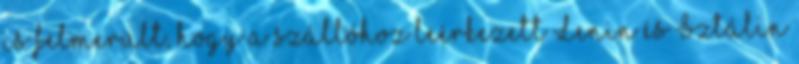
is felmerült, hogy a szállóhoz leérkezett Lenin és Sztálin